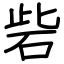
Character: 砦